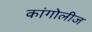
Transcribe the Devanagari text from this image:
कांगोलीज